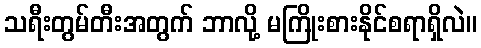
သရီးတွမ်တီးအတွက် ဘာလို့ မကြိုးစားနိုင်စရာရှိလဲ။